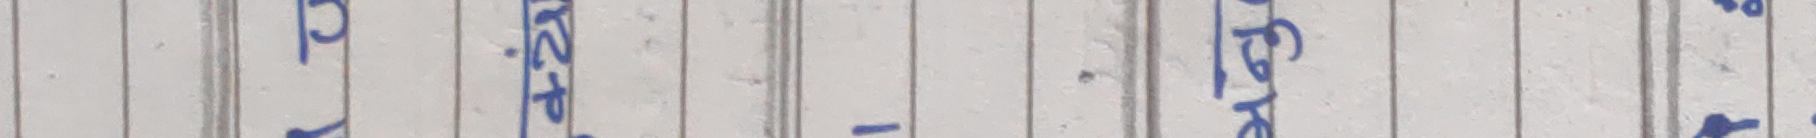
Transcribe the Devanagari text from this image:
प्रमाणित - विकल्प २ प्रतिदिन